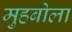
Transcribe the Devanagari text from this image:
मुहबोला